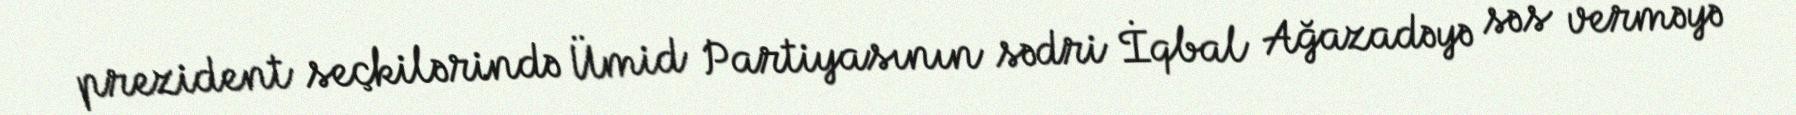
prezident seçkilərində Ümid Partiyasının sədri İqbal Ağazadəyə səs verməyə